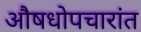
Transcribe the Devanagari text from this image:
औषधोपचारांत